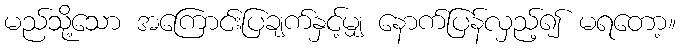
မည်သို့သော အကြောင်းပြချက်နှင့်မျှ နောက်ပြန်လှည့်၍ မရတော့။